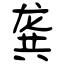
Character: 龚